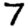
Digit: 7